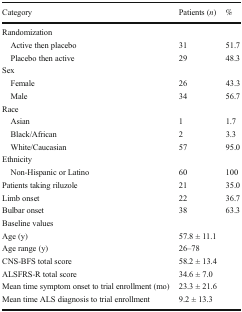
| Category | Patients (n) | % |
 | --- | --- | --- |
 | <COLSPAN=3> Randomization |
 | Active then placebo | 31 | 51.7 |
 | Placebo then active | 29 | 48.3 |
 | <COLSPAN=3> Sex |
 | Female | 26 | 43.3 |
 | Male | 34 | 56.7 |
 | <COLSPAN=3> Race |
 | Asian | 1 | 1.7 |
 | Black/African | 2 | 3.3 |
 | White/Caucasian | 57 | 95.0 |
 | <COLSPAN=3> Ethnicity |
 | Non-Hispanic or Latino | 60 | 100 |
 | Patients taking riluzole | 21 | 35.0 |
 | Limb onset | 22 | 36.7 |
 | Bulbar onset | 38 | 63.3 |
 | <COLSPAN=3> Baseline values |
 | Age (y) | <COLSPAN=2> 57.8 ± 11.1 |
 | Age range (y) | <COLSPAN=2> 26–78 |
 | CNS-BFS total score | <COLSPAN=2> 58.2 ± 13.4 |
 | ALSFRS-R total score | <COLSPAN=2> 34.6 ± 7.0 |
 | Mean time symptom onset to trial enrollment (mo) | <COLSPAN=2> 23.3 ± 21.6 |
 | Mean time ALS diagnosis to trial enrollment | <COLSPAN=2> 9.2 ± 13.3 |